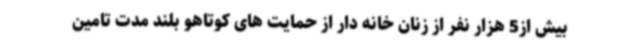
بیش از5 هزار نفر از زنان خانه دار از حمایت های کوتاهو بلند مدت تامین